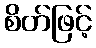
စိတ်ဖြင့်